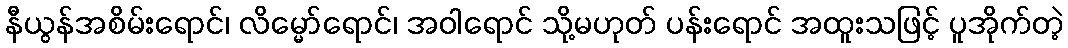
နီယွန်အစိမ်းရောင်၊ လိမ္မော်ရောင်၊ အဝါရောင် သို့မဟုတ် ပန်းရောင် အထူးသဖြင့် ပူအိုက်တဲ့